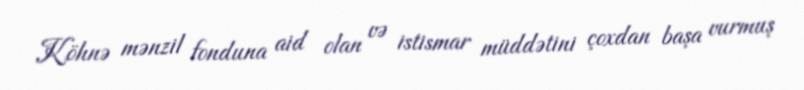
Köhnə mənzil fonduna aid olan və istismar müddətini çoxdan başa vurmuş